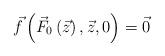
LaTeX: \begin{align*} \vec {f}\left( {\vec {F}_0 \left( {\vec {z}}\right),\vec{z},0} \right)=\vec {0}\end{align*}